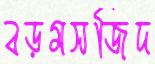
বড়মসজিদ